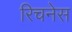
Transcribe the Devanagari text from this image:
रिचनेस